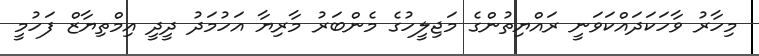
މިހާރު ވާހަކަދައްކަވަނީ ރައްޔިތުންގެ މަޖިލީހުގެ މެންބަރު މާރިޔާ އަހުމަދު ދީދީ އިމްތިޔާޒް ފަހުމީ